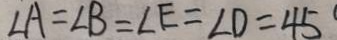
\angle A = \angle B = \angle E = \angle D = 4 5 ^ { \circ }